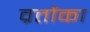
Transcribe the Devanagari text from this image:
व्रतोंका